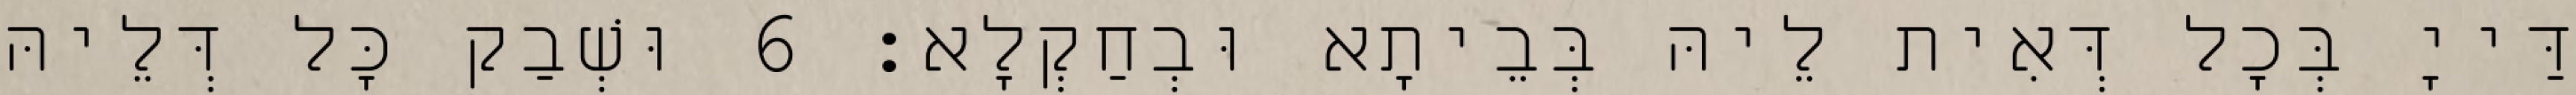
דַּייָ בְּכָל דְּאִית לֵיהּ בְּבֵיתָא וּבְחַקְלָא׃ 6 וּשְׁבַק כָּל דְּלֵיהּ